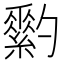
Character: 𦆗